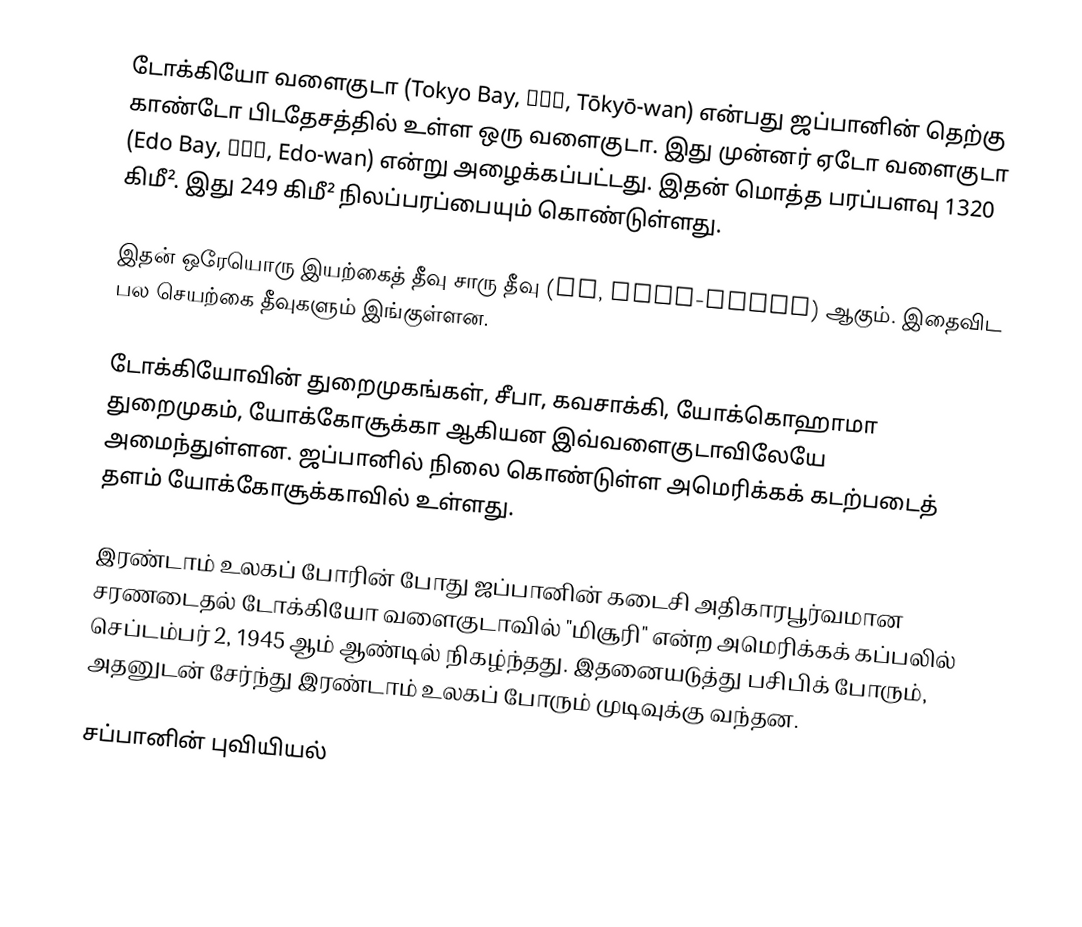
டோக்கியோ வளைகுடா (Tokyo Bay, 東京湾, Tōkyō-wan) என்பது ஜப்பானின் தெற்கு காண்டோ பிடதேசத்தில் உள்ள ஒரு வளைகுடா. இது முன்னர் ஏடோ வளைகுடா (Edo Bay, 江戸湾, Edo-wan) என்று அழைக்கப்பட்டது. இதன் மொத்த பரப்பளவு 1320 கிமீ². இது 249 கிமீ² நிலப்பரப்பையும் கொண்டுள்ளது.

இதன் ஒரேயொரு இயற்கைத் தீவு சாரு தீவு (猿島, Saru-shima) ஆகும். இதைவிட பல செயற்கை தீவுகளும் இங்குள்ளன.

டோக்கியோவின் துறைமுகங்கள், சீபா, கவசாக்கி, யோக்கொஹாமா துறைமுகம், யோக்கோசூக்கா ஆகியன இவ்வளைகுடாவிலேயே அமைந்துள்ளன. ஜப்பானில் நிலை கொண்டுள்ள அமெரிக்கக் கடற்படைத் தளம் யோக்கோசூக்காவில் உள்ளது.

இரண்டாம் உலகப் போரின் போது ஜப்பானின் கடைசி அதிகாரபூர்வமான சரணடைதல் டோக்கியோ வளைகுடாவில் "மிசூரி" என்ற அமெரிக்கக் கப்பலில் செப்டம்பர் 2, 1945 ஆம் ஆண்டில் நிகழ்ந்தது. இதனையடுத்து பசிபிக் போரும், அதனுடன் சேர்ந்து இரண்டாம் உலகப் போரும் முடிவுக்கு வந்தன.

சப்பானின் புவியியல்